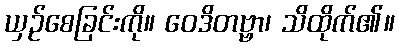
ယှဉ်စေခြင်းကို။ ဝေဒိတဗ္ဗာ၊ သိထိုက်၏။